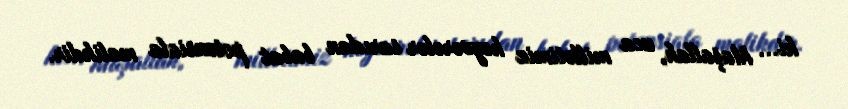
ki... Maşallah, uca millətimiz heyvərələr sarıdan babat potensiala malikdir.